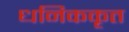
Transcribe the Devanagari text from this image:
धनिककृत